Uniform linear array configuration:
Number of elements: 32
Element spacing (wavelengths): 1
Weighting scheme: kaiser
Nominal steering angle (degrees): -30
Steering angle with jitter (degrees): -28.848
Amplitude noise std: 0.05
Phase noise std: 0.05

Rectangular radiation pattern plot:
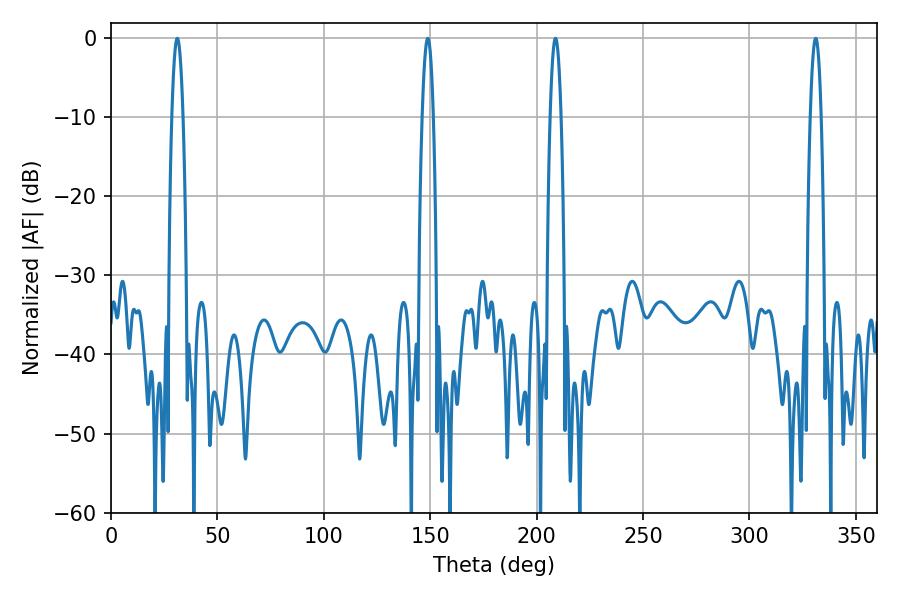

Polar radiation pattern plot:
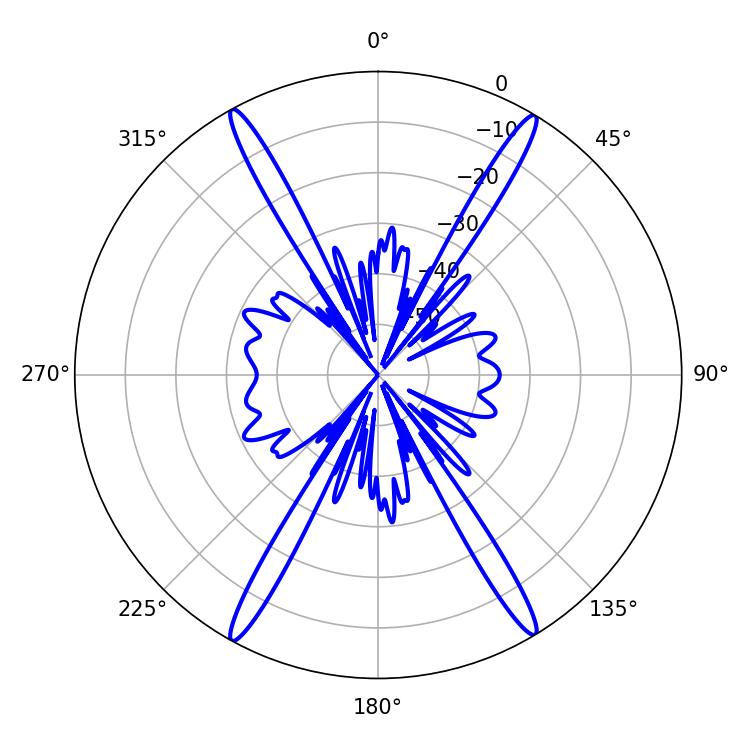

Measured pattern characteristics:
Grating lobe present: TRUE
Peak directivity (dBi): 26.269
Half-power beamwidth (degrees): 2.88
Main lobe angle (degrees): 31.14